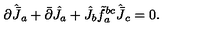
\partial \hat { \bar { J } } _ { a } + \bar { \partial } \hat { J } _ { a } + \hat { J } _ { b } \tilde { f } _ { a } ^ { b c } \hat { \bar { J } } _ { c } = 0 .